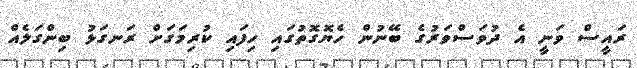
ރައީސް ވަނީ އެ ދުވަސްވަރުގެ ބޭނުން ހެޔޮގޮތުގައި ހިފައި ކުރިމަގަށް ރަނގަޅު ބިންގަލެއް